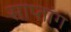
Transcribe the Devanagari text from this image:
साप्तांग